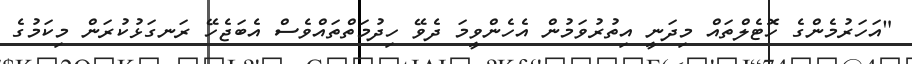
"އަހަރުމެންގެ ހޮޓެލްތައް މިދަނީ އިތުރުވަމުން އެހެންވީމަ ދެވޭ ހިދުމަތްތައްވެސް އެބަޖެހޭ ރަނގަޅުކުރަން މިކަމުގެ